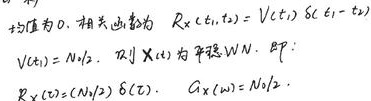
均值为0，相关函数为 \(R_X(t_1,t_2) = V(t_1)\delta(t_1 - t_2)\)，其中 \(V(t)=\frac{N_0}{2}\)，则 \(X(t)\) 为平稳W.N.，即：\(R_X(\tau)=\frac{N_0}{2}\delta(\tau)\)， \(G_X(\omega)=\frac{N_0}{2}\)